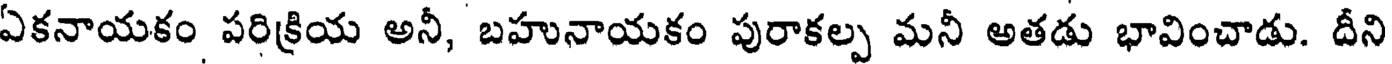
ఏకనాయకం పరిక్రియ అనీ, బహునాయకం పురాకల్ప మనీ అతడు భావించాడు. దీని